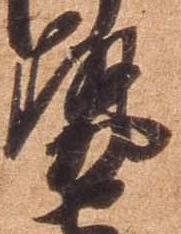
勢